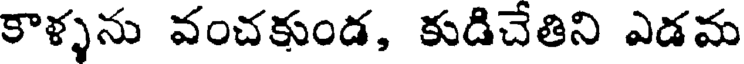
కాళ్ళను వంచకుండ, కుడిచేతిని ఎడమ